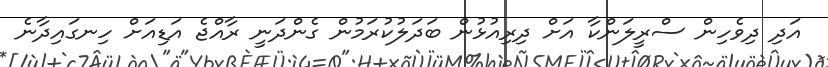
އަދި ދިވެހިން ސްރީލަންކާ އަށް ދިރިއުޅުން ބަދަލުކުރަމުން ގެންދަނީ ރާއްޖެ އަޑިއަށް ހިނގައިދާނެ